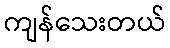
ကျန်သေးတယ်